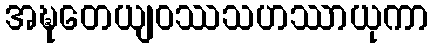
အဍ္ဎတေယျဝဿသဟဿာယုကာ